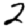
Digit: 2